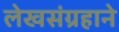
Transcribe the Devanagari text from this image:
लेखसंग्रहाने